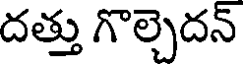
దత్తు గొల్చెదన్